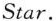
Star.